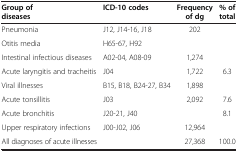
<table><thead><tr><td><b>Group of diseases</b></td><td><b>ICD-10 codes</b></td><td><b>Frequency of dg</b></td><td><b>% of total</b></td></tr></thead><tbody><tr><td>Pneumonia</td><td>J12, J14-16, J18</td><td>202</td><td>[EMPTY_CELL]</td></tr><tr><td>Otitis media</td><td>H65-67, H92</td><td>[EMPTY_CELL]</td><td>[EMPTY_CELL]</td></tr><tr><td>Intestinal infectious diseases</td><td>A02-04, A08-09</td><td>1,274</td><td>[EMPTY_CELL]</td></tr><tr><td>Acute laryngitis and tracheitis</td><td>J04</td><td>1,722</td><td>6.3</td></tr><tr><td>Viral illnesses</td><td>B15, B18, B24-27, B34</td><td>1,898</td><td>[EMPTY_CELL]</td></tr><tr><td>Acute tonsillitis</td><td>J03</td><td>2,092</td><td>7.6</td></tr><tr><td>Acute bronchitis</td><td>J20-21, J40</td><td>[EMPTY_CELL]</td><td>8.1</td></tr><tr><td>Upper respiratory infections</td><td>J00-J02, J06</td><td>12,964</td><td>[EMPTY_CELL]</td></tr><tr><td>All diagnoses of acute illnesses</td><td>[EMPTY_CELL]</td><td>27,368</td><td>100.0</td></tr></tbody></table>